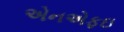
એનએફઇ